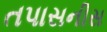
તપાસનીસ